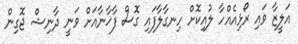
އަލީޒާ ވައި ރޯޅިއެއްހާ ލުއިކޮށް ހިނގާލާފައި ގޮސް ފާޚާނާއަށް ވަނީ ދާނިޝް ޖޮގިން